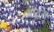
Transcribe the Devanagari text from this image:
आर्टस्‌